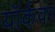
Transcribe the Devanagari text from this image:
यॉर्कवर